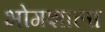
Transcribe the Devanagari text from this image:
भोगशाला